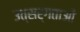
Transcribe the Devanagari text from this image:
उत्सर्गताओं